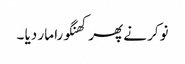
نوکر نے پھر کھنگورا مار دیا ۔